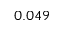
0 . 0 4 9